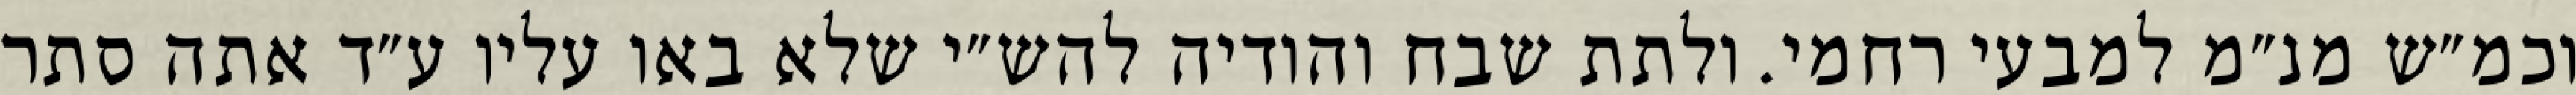
וכמ״ש מנ״מ למבעי רחמי. ולתת שבח והודיה להש״י שלא באו עליו ע״ד אתה סתר